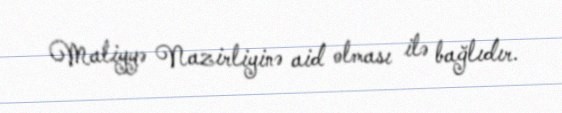
Maliyyə Nazirliyinə aid olması ilə bağlıdır.